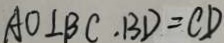
A O \bot B C . B D = C D